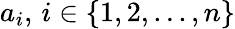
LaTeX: a_{i},\, i\in\{ 1,2,...,n\}